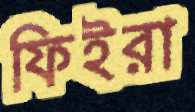
ফিইরা